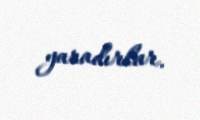
yaradırlar.